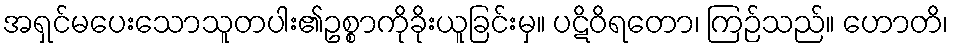
အရှင်မပေးသောသူတပါး၏ဥစ္စာကိုခိုးယူခြင်းမှ။ ပဋိဝိရတော၊ ကြဉ်သည်။ ဟောတိ၊